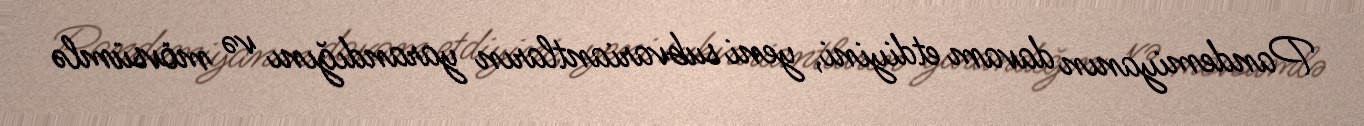
Pandemiyanın davam etdiyini, yeni subvariantların yarandığını və mövsümlə